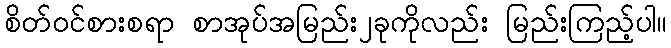
စိတ်ဝင်စားစရာ စာအုပ်အမြည်း၂ခုကိုလည်း မြည်းကြည့်ပါ။